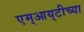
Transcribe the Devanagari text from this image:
एम्‌आय्‌टीच्या